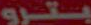
يسترو